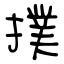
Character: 撲